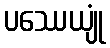
ပဿေယျုံ